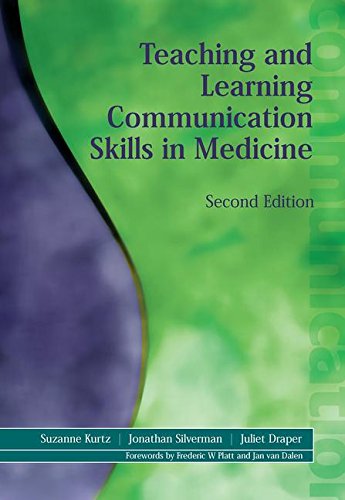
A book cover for Teaching and Learning Communication Skills in Medicine, 2nd Edition; Suzanne Kurtz; Medical Books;